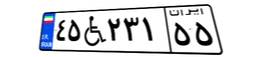
۴۵W۲۳۱۵۵